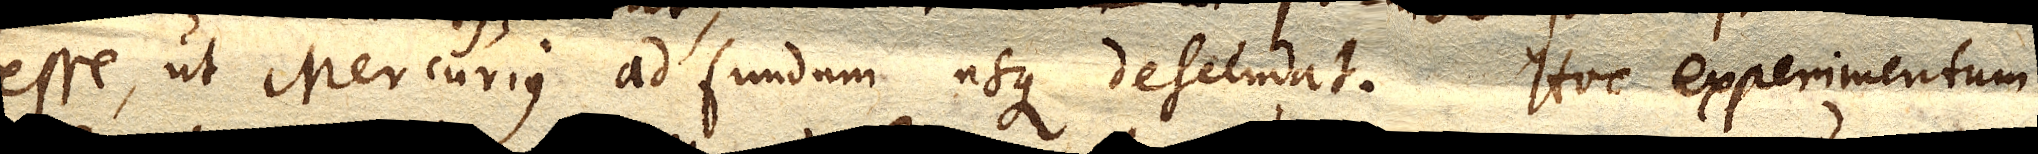
esse, ut Mercurius ad fundum usque descendat. Hoc experimentum